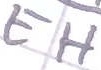
Text: EH